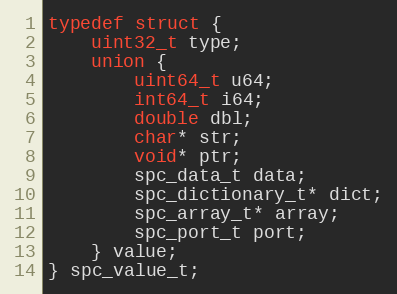
Language: C
typedef struct {
    uint32_t type;
    union {
        uint64_t u64;
        int64_t i64;
        double dbl;
        char* str;
        void* ptr;
        spc_data_t data;
        spc_dictionary_t* dict;
        spc_array_t* array;
        spc_port_t port;
    } value;
} spc_value_t;